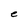
Character: e